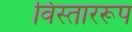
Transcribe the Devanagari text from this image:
विस्ताररूप